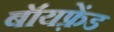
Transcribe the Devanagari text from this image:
बॉयफ़्रेंड